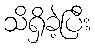
သိရှိခဲ့ပြီး